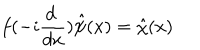
f ( - i \frac { d ~ } { d x } ) \hat { \psi } ( x ) = \hat { \chi } ( x )